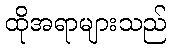
ထိုအရာများသည်